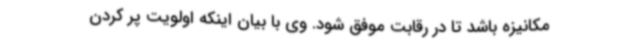
مکانیزه باشد تا در رقابت موفق شود. وی با بیان اینکه اولویت پر کردن